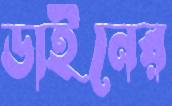
ডাইনের